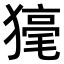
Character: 𤡇